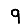
Digit: 9